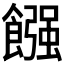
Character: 𩝽